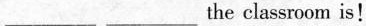
___ ___the classroom is!